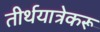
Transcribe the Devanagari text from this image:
तीर्थयात्रेकरू